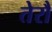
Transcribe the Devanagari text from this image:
तेरौ